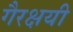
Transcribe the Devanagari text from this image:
गैरक्षयी